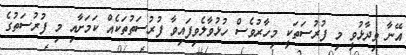
އޭނާ ވިދާޅުވީ މި ފުރުސަތަކީ މިހާރުވެސް ހުޅުވާލެވިފައިވާ ފުރުސަތުތަކެއް ކަމަށާއި މި ފުރުސަތުގެ